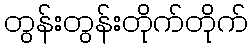
တွန်းတွန်းတိုက်တိုက်